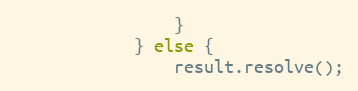
Language: JavaScript
                }
            } else {
                result.resolve();